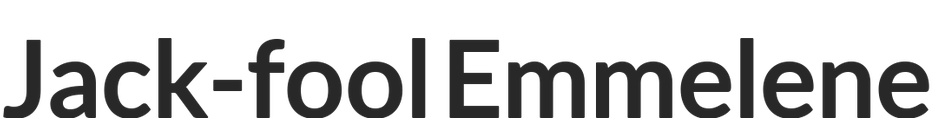
Jack-fool Emmelene